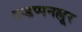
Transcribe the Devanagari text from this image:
कडप्पनल्लूर